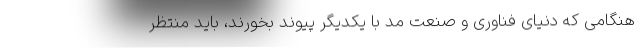
هنگامی که دنیای فناوری و صنعت مد با یکدیگر پیوند بخورند، باید منتظر